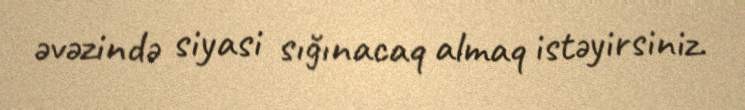
əvəzində siyasi sığınacaq almaq istəyirsiniz.